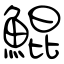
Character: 鯤